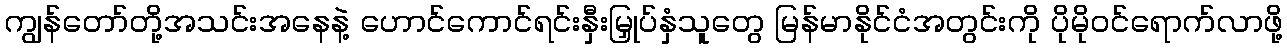
ကျွန်တော်တို့အသင်းအနေနဲ့ ဟောင်ကောင်ရင်းနှီးမြှုပ်နှံသူတွေ မြန်မာနိုင်ငံအတွင်းကို ပိုမိုဝင်ရောက်လာဖို့